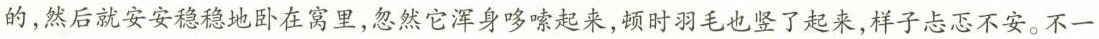
的，然后就安安稳稳地卧在窝里，忽然它浑身哆嗦起来，顿时羽毛也竖了起来，样子忐忑不安。不一